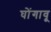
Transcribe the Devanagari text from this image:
घोंगावू